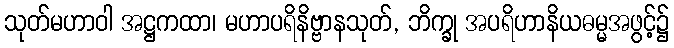
သုတ်မဟာဝါ အဋ္ဌကထာ၊ မဟာပရိနိဗ္ဗာနသုတ်, ဘိက္ခု အပရိဟာနိယဓမ္မအဖွင့်၌